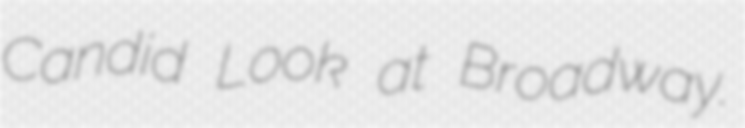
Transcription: Candid Look at Broadway.